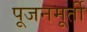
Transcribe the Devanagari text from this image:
पूजनमूर्ती